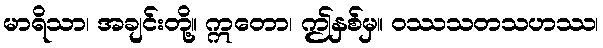
မာရိသာ၊ အချင်းတို့။ ဣတော၊ ဤနှစ်မှ။ ဝဿသတသဟဿ၊